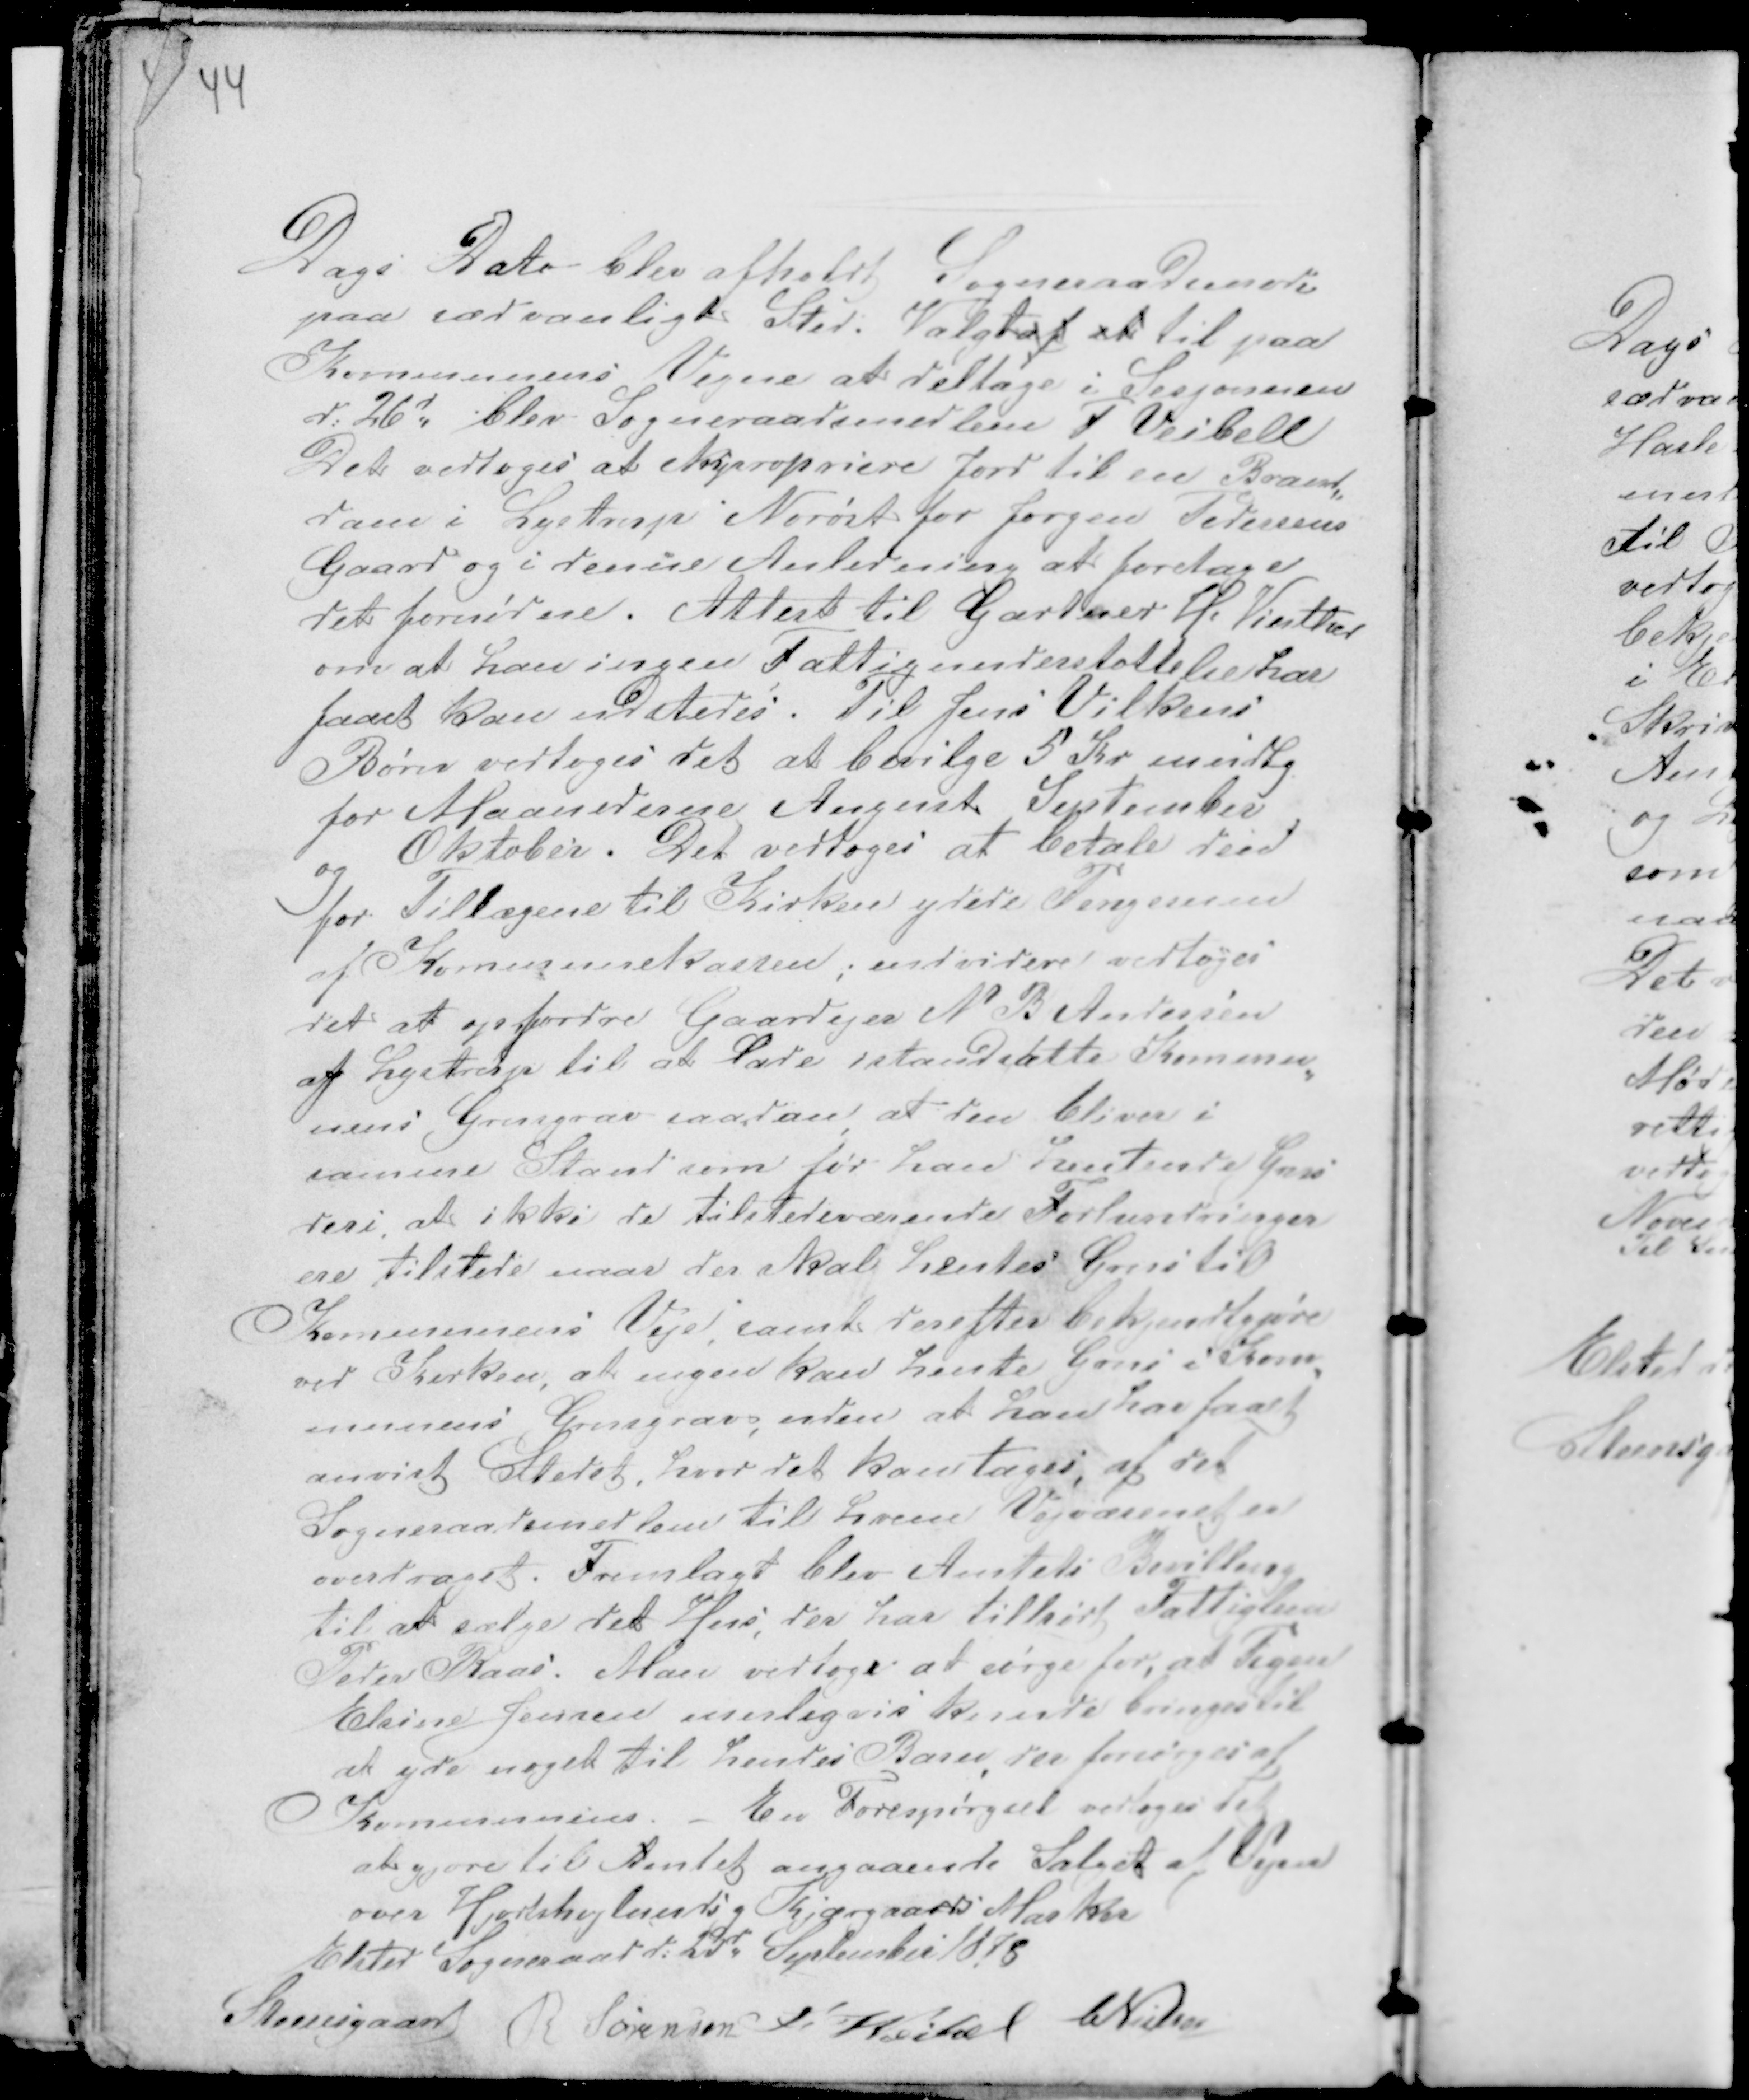
Transskription:
44

Dags Dato blev afholdt Sogneraadsmøde
paa sædvanlig Sted. Valgt af at til paa
Kommunens Vegne at deltage i Sesjonnen
d: 26d blev Sogneraadsmedlem F Veibell
Det vedtoges at ekspropriere Jord til en Brand-
dam i Lystrup Norøst for Jørgen Pedersens
Gaard og i denne Anledning at foretage
det fornødne. Attest til Gaardeier H. Vinther
om at han ingen Fattigunderstøttelse har
faaet kan udstedes. Til Jens Vilkens
Børn vedtoges det at bevilge 5 Kr mndlg
for Maanederne August September
og
Oktober. Det vedtoges at betale den
for Tillægene til Kirken ydede Pengesum
af Kommunekassen; endvidere vedtoges
det at opfordre Gaardejer N B Andersen
af Lystrup til at Lade istandsætte Kommu-
nens Grusgrav saadan at den bliver i
samme Stand som før han hentende Grus
deri, at ikke de tilstedeværende Forhindringer
ere tilstede naar der skal hentes Grus til
Kommunens Veje, samt derefter bekjendtgjøre
ved Kirken, at ingen kan hente Grus i Kom-
munens Grusgrav, uden at han har faaet
anvist Stedet, hvor det kan tages, af det
Sogneraadsmedlem til hvem Vejvæsenet er
overdraget. Fremlagt blev Amtets Bevilling
til at sælge det Hus, der har tilhørt Fattiglem
Peder Kaas. Man vedtog at sørge for, at Pigen
Elsine Jensen muligvis kunde bringes til
at yde noget til hendes Barn, der forsørges af
Kommunens. - En Forespørgsel vedtoges det
at gjøre til Amtet angaaende Salget af Vejen
over Hjortshøjlunds g Kjærgaards Marker
Elsted Sogneraad d: 23d September 1878
Steensgaard R Sørensen F Veibel CNielsen